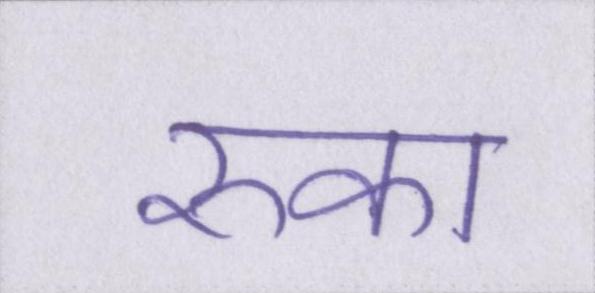
रुका